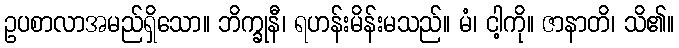
ဥပစာလာအမည်ရှိသော။ ဘိက္ခုနီ၊ ရဟန်းမိန်းမသည်။ မံ၊ ငါ့ကို။ ဇာနာတိ၊ သိ၏။